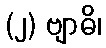
(၂) ဗျာဓိ၊